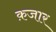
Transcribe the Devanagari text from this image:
क़जार